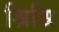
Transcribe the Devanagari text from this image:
श्रिश्रि